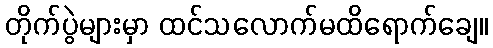
တိုက်ပွဲများမှာ ထင်သလောက်မထိရောက်ချေ။